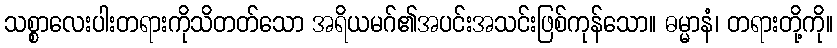
သစ္စာလေးပါးတရားကိုသိတတ်သော အရိယမဂ်၏အပင်းအသင်းဖြစ်ကုန်သော။ ဓမ္မာနံ၊ တရားတို့ကို။